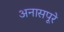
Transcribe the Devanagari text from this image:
अनासपूरे